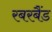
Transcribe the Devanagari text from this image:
रबरबैंड